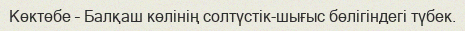
Көктөбе – Балқаш көлінің солтүстік-шығыс бөлігіндегі түбек.